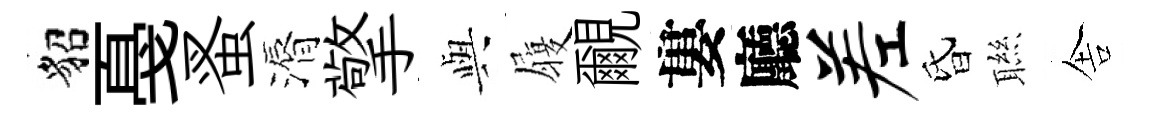
貂戞蚤漘擎𫤰履覼婁廳差昏聮舎